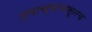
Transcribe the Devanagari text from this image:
त्याच्यापासूनच